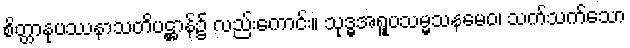
စိတ္တာနုပဿနာသတိပဋ္ဌာန်၌ လည်းကောင်း။ သုဒ္ဓအရူပသမ္မသနမေဝ၊ သက်သက်သော